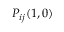
P _ { i j } ( 1 , 0 )